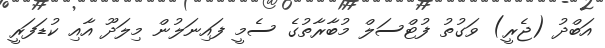
އަބްދު (ޖެރީ) ވަގުތު ފުޓްސަލް މުބާރާތުގެ ސެމީ ފައިނަލުން މިލަދޫ އާއި ކުޑަފަރީ